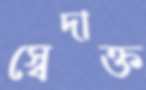
স্বেদাক্ত